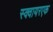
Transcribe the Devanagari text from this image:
स्क्वायरएक